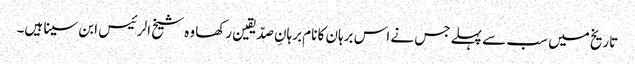
تاریخ میں سب سے پہلے جس نے اس برہان کا نام برہانِ صدّیقین رکھا وہ شیخ الرئیس ابن سینا ہیں۔